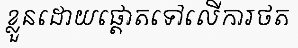
ខ្លួនដោយផ្តោតទៅលើការថត